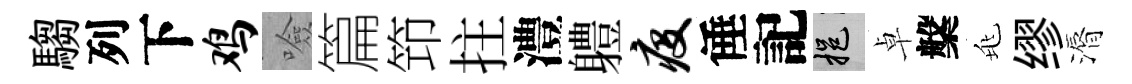
騶列下鸡噞篇笻拄澧軆疫倕記挹卓槃兆缪漘